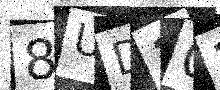
Text: 8UD101